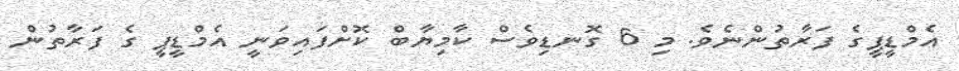
އެމްޑީޕީގެ ފަރާތުންނެވެ. މި 6 ގޮނޑިވެސް ކާމިޔާބް ކޮށްފައިވަނީ އެމްޑީޕީ ގެ ފަރާތުން